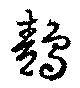
鶄